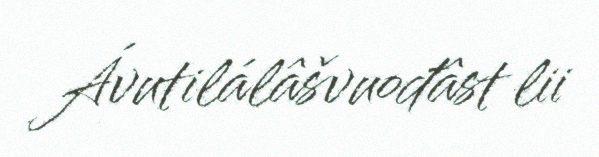
Ávutilálâšvuođâst lii